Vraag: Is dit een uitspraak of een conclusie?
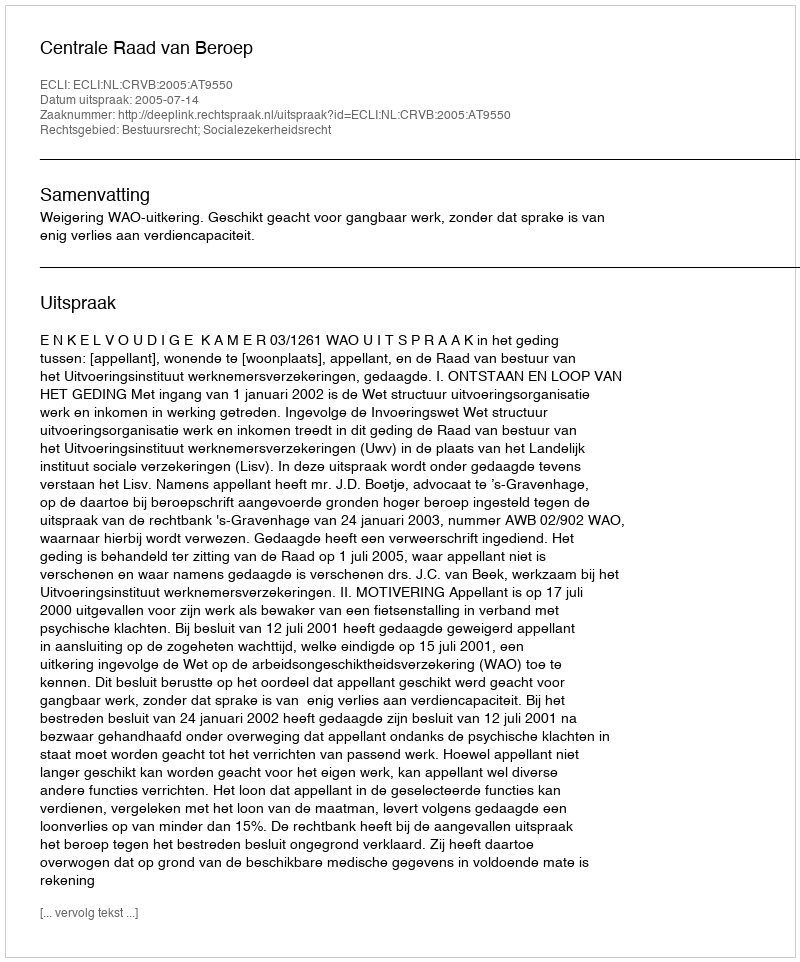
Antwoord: Uitspraak